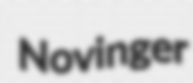
Novinger